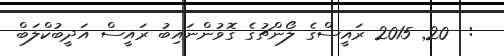
:  20